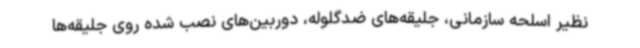
نظیر اسلحه سازمانی، جلیقه‌های ضدگلوله، دوربین‌های نصب شده روی جلیقه‌ها